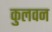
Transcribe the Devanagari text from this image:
कुलवन